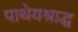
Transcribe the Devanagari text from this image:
पाथेयश्राद्ध